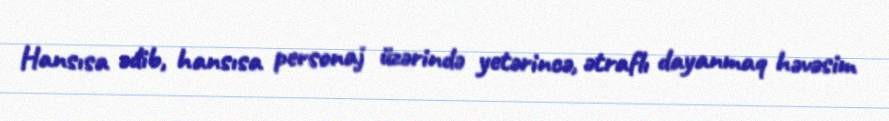
Hansısa ədib, hansısa personaj üzərində yetərincə, ətraflı dayanmaq həvəsim